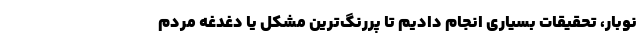
نوبار، تحقیقات بسیاری انجام دادیم تا پررنگ‌ترین مشکل یا دغدغه مردم